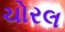
ચોરલ